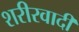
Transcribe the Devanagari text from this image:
शरीरवादी